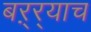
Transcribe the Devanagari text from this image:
बऱ्र्‍याच